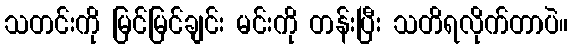
သတင်းကို မြင်မြင်ချင်း မင်းကို တန်းပြီး သတိရလိုက်တာပဲ။